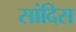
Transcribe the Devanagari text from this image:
सांदिस